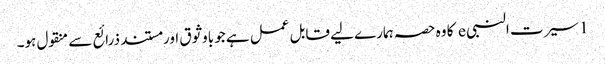
1 سیرت النبی e کا وہ حصہ ہمارے لیے قابل عمل ہے جو باوثوق اور مستند ذرائع سے منقول ہو۔